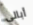
أبالى